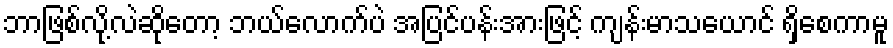
ဘာဖြစ်လို့လဲဆိုတော့ ဘယ်လောက်ပဲ အပြင်ပန်းအားဖြင့် ကျန်းမာသယောင် ရှိစေကာမူ